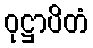
ဝုဋ္ဌာပိတံ